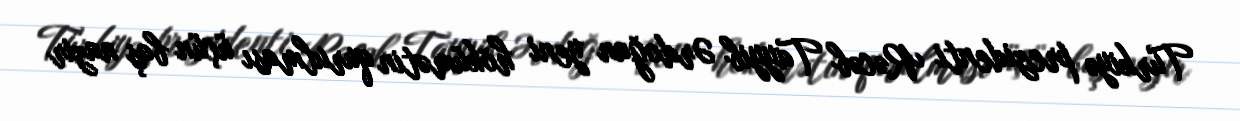
Türkiyə prezidenti Rəcəb Tayyib Ərdoğan yeni hökümətin qurulması üçün baş nazir